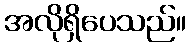
အလိုရှိပေသည်။